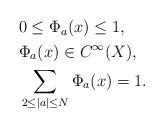
LaTeX: \begin{align*}\begin{aligned}&0\le \Phi_a(x)\le 1,\\&\Phi_a(x)\in C^\infty(X),\\&\sum_{2\le|a|\le N}\Phi_a(x)=1.\end{aligned}\end{align*}